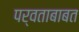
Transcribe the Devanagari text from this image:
पर्वताबाबत